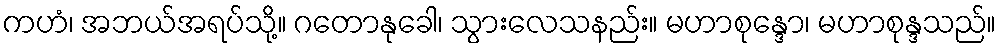
ကဟံ၊ အဘယ်အရပ်သို့။ ဂတောနုခေါ၊ သွားလေသနည်း။ မဟာစုန္ဒော၊ မဟာစုန္ဒသည်။